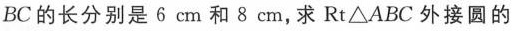
BC的长分别是6cm和8cm，求Rt△ABC外接圆的